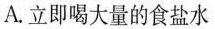
A.立即喝大量的食盐水